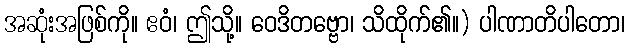
အဆုံးအဖြစ်ကို။ ဧဝံ၊ ဤသို့။ ဝေဒိတဗ္ဗော၊ သိထိုက်၏။) ပါဏာတိပါတော၊